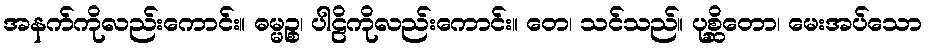
အနက်ကိုလည်းကောင်း။ ဓမ္မဉ္စ၊ ပါဠိကိုလည်းကောင်း။ တေ၊ သင်သည်။ ပုစ္ဆိတော၊ မေးအပ်သော